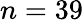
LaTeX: n=39